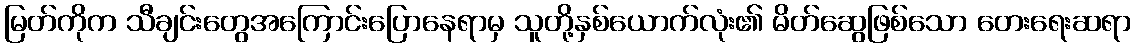
မြတ်ကိုက သီချင်းတွေအကြောင်းပြောနေရာမှ သူတို့နှစ်ယောက်လုံး၏ မိတ်ဆွေဖြစ်သော တေးရေးဆရာ